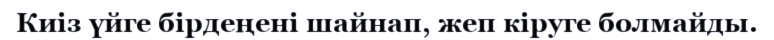
Киіз үйге бірдеңені шайнап, жеп кіруге болмайды.